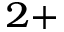
^ { 2 + }